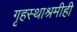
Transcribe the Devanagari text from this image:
गृहस्थाश्रमीही